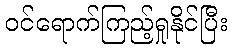
ဝင်ရောက်ကြည့်ရှုနိုင်ပြီး